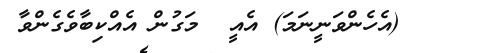
٢٢     (އެހެންވަނީނަމަ) އެއީ  މަގުން އެއްކިބާވެގެންވާ